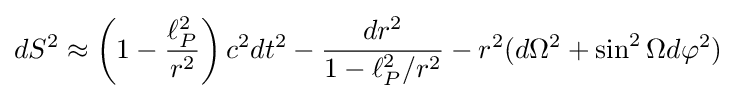
dS^{2}\approx \left(1-{\frac {\ell _{P}^{2}}{r^{2}}}\right)c^{2}dt^{2}-{\frac {dr^{2}}{1-{\ell _{P}^{2}}/{r^{2}}}}-r^{2}(d\Omega ^{2}+\sin ^{2}\Omega d\varphi ^{2})